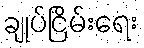
ချုပ်ငြိမ်းရေး